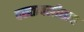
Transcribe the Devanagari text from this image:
बख्ताबलीशाह